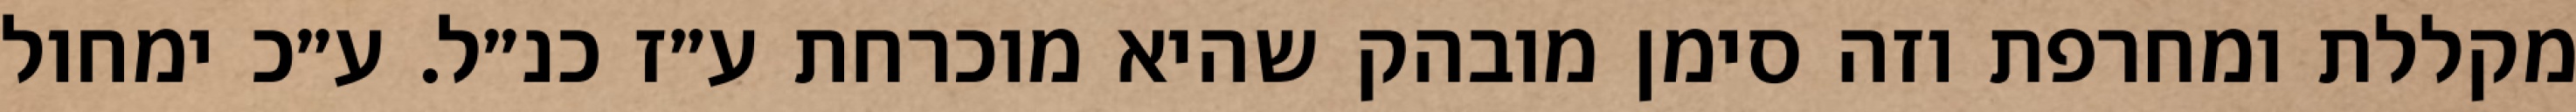
מקללת ומחרפת וזה סימן מובהק שהיא מוכרחת ע״ז כנ״ל. ע״כ ימחול